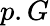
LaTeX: p.G